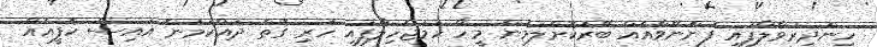
ހިންދިރުވާލާފައި ފުންނޭވާއެއް ބޭރުކޮށްލަމުން މީހާ ހަމަޖެހިލާފައި ހުރި ގޮތް ދައްކަމުން އައިސް ކޮފީއެއް